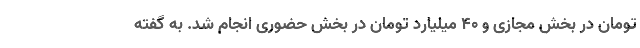
تومان در بخش مجازی و ۴۰ میلیارد تومان در بخش حضوری انجام شد. به گفته